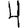
Digit: 4